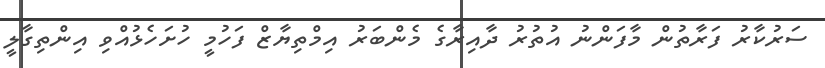
ސަރުކާރު ފަރާތުން މާފަންނު އުތުރު ދާއިރާގެ މެންބަރު އިމްތިޔާޒް ފަހުމީ ހުށަހެޅުއްވި އިންތިގާލީ